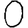
Digit: 0